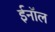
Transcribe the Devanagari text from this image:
ईनॉल